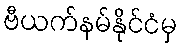
ဗီယက်နမ်နိုင်ငံမှ